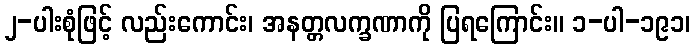
၂-ပါးစုံဖြင့် လည်းကောင်း၊ အနတ္တလက္ခဏာကို ပြရကြောင်း။ ၁-ပါ-၁၉၁၊